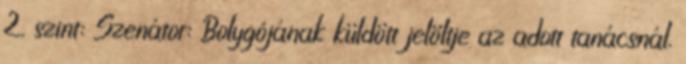
2. szint: Szenátor: Bolygójának küldött jelöltje az adott tanácsnál.